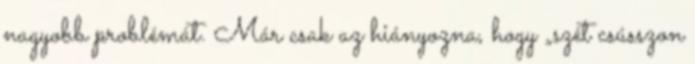
nagyobb problémát. Már csak az hiányozna, hogy „szét csússzon